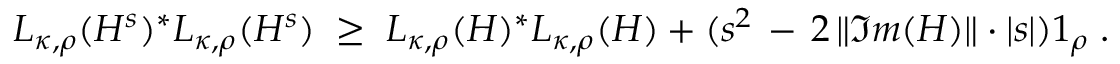
\begin{array} { r } { L _ { \kappa , \rho } ( H ^ { s } ) ^ { * } L _ { \kappa , \rho } ( H ^ { s } ) \; \geq \; L _ { \kappa , \rho } ( H ) ^ { * } L _ { \kappa , \rho } ( H ) + ( s ^ { 2 } \, - \, 2 \, \| \Im m ( H ) \| \cdot | s | ) \boldsymbol { 1 } _ { \rho } \; . } \end{array}